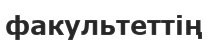
факультеттің